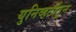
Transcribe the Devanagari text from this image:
युनिव्हर्टीतून